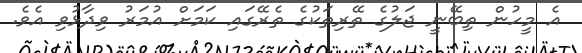
އެ މީހުން ތިބޭނީ ޖަލުގެ ތޭރިތަކުގެ ތެރޭގައި ކަމަށް އުމަރު ވިދާޅުވި އެވެ.